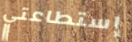
إستطاعتي